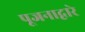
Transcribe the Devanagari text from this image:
पूजनाद्वारे